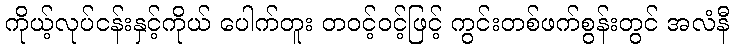
ကိုယ့်လုပ်ငန်းနှင့်ကိုယ် ပေါက်တူး တဝင့်ဝင့်ဖြင့် ကွင်းတစ်ဖက်စွန်းတွင် အလံနီ